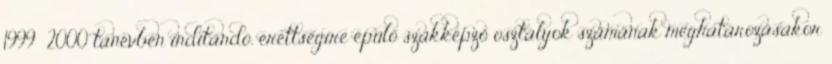
1999 2000 tanévben indítandó, érettségire épülő szakképző osztályok számának meghatározásakor